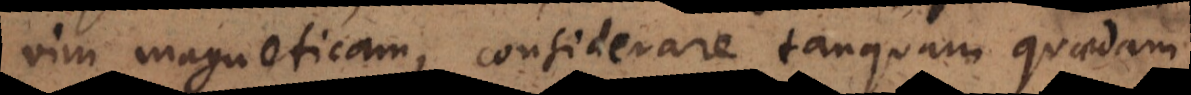
vim magneticam, considerare tanquam quaedam